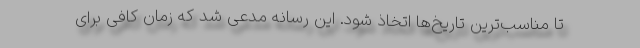
تا مناسب‌ترین تاریخ‌ها اتخاذ شود. این رسانه مدعی شد که زمان کافی برای